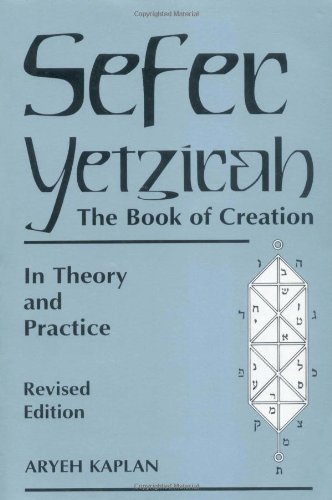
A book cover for Sefer Yetzirah: The Book of Creation; Aryeh Kaplan; Religion & Spirituality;